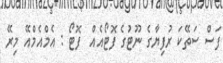
ފަސް ސަތޭކަ ރުފިޔާގެ ނޫޓުގެ ފޮޓޯއެއް  ފޮޓޯ : އެމްއެމްއޭ މިރޭ